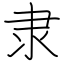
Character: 隶